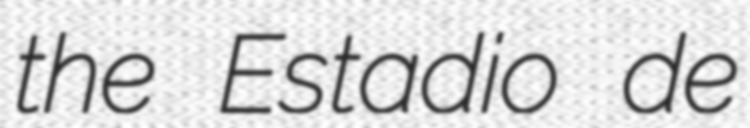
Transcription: the Estadio de